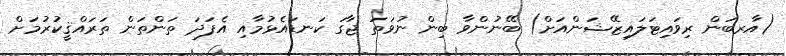
(އާރބަން ރިވައިޓަލައިޒޭޝަންއަށް) ބޭނުންވާ ބިން ނުވަތަ ޖާގަ ކަނޑައެޅުމާއި އެފަދަ ތަންތަން ތަރައްޤީކުރުމަށް